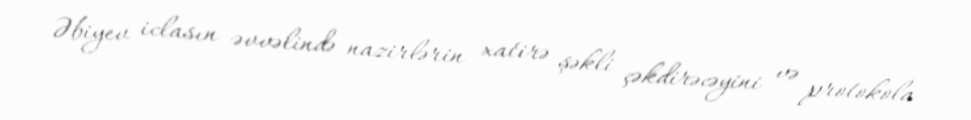
Əbiyev iclasın əvvəlində nazirlərin xatirə şəkli çəkdirəcəyini və protokola